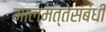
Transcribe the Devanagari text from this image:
मालमत्तेसंबंधी